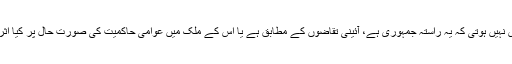
انہیں اس سے غرض نہیں ہوتی کہ یہ راستہ جمہوری ہے، آئینی تقاضوں کے مطابق ہے یا اس کے ملک میں عوامی حاکمیت کی صورت حال پر کیا اثرات مرتب ہوں گے۔